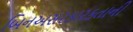
બિનઅસરકારકતાની